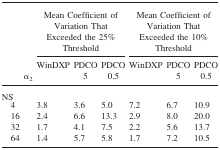
<table><thead><tr><td></td><td colspan="3"><b>Mean Coefficient of Variation That Exceeded the 25% Threshold</b></td><td colspan="3"><b>Mean Coefficient of Variation That Exceeded the 10% Threshold</b></td></tr><tr><td></td><td><b>WinDXP</b></td><td><b>PDCO</b></td><td><b>PDCO</b></td><td><b>WinDXP</b></td><td><b>PDCO</b></td><td><b>PDCO</b></td></tr><tr><td></td><td><b>α<sub>2</sub></b></td><td><b>5</b></td><td><b>0.5</b></td><td></td><td><b>5</b></td><td><b>0.5</b></td></tr></thead><tbody><tr><td>NS</td><td></td><td></td><td></td><td></td><td></td><td></td></tr><tr><td> 4</td><td>3.8</td><td>3.6</td><td>5.0</td><td>7.2</td><td>6.7</td><td>10.9</td></tr><tr><td> 16</td><td>2.4</td><td>6.6</td><td>13.3</td><td>2.9</td><td>8.0</td><td>20.0</td></tr><tr><td> 32</td><td>1.7</td><td>4.1</td><td>7.5</td><td>2.2</td><td>5.6</td><td>13.7</td></tr><tr><td> 64</td><td>1.4</td><td>5.7</td><td>5.8</td><td>1.7</td><td>7.2</td><td>10.5</td></tr></tbody></table>